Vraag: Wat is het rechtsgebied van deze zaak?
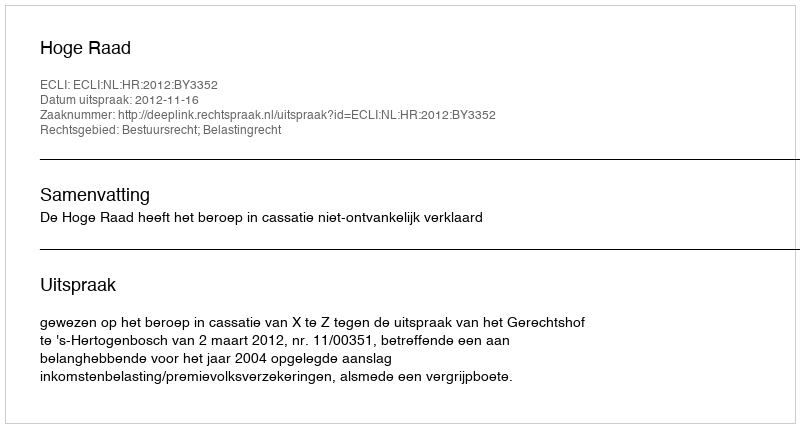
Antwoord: Bestuursrecht; Belastingrecht